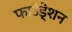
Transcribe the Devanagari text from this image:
फाउंडे्शन